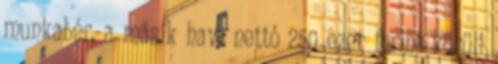
munkabér, a másik havi nettó 250 ezer forint körüli